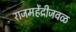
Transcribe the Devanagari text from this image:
राजमहेंद्रीजवळ